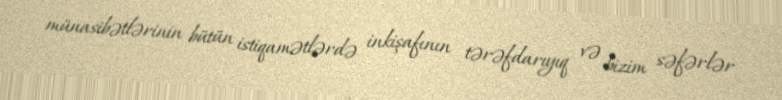
münasibətlərinin bütün istiqamətlərdə inkişafının tərəfdarıyıq və bizim səfərlər